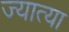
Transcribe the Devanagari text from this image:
ज्यात्या